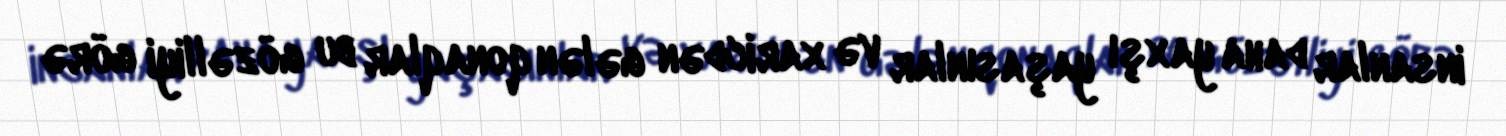
insanlar daha yaxşı yaşasınlar və xaricdən gələn qonaqlar bu gözəlliyi görə